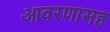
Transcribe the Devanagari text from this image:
आवरणासह